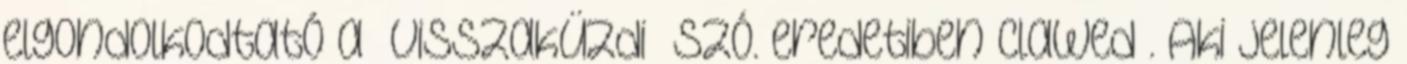
elgondolkodtató a “visszaküzdi” szó. eredetiben clawed . Aki jelenleg